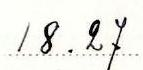
18.27